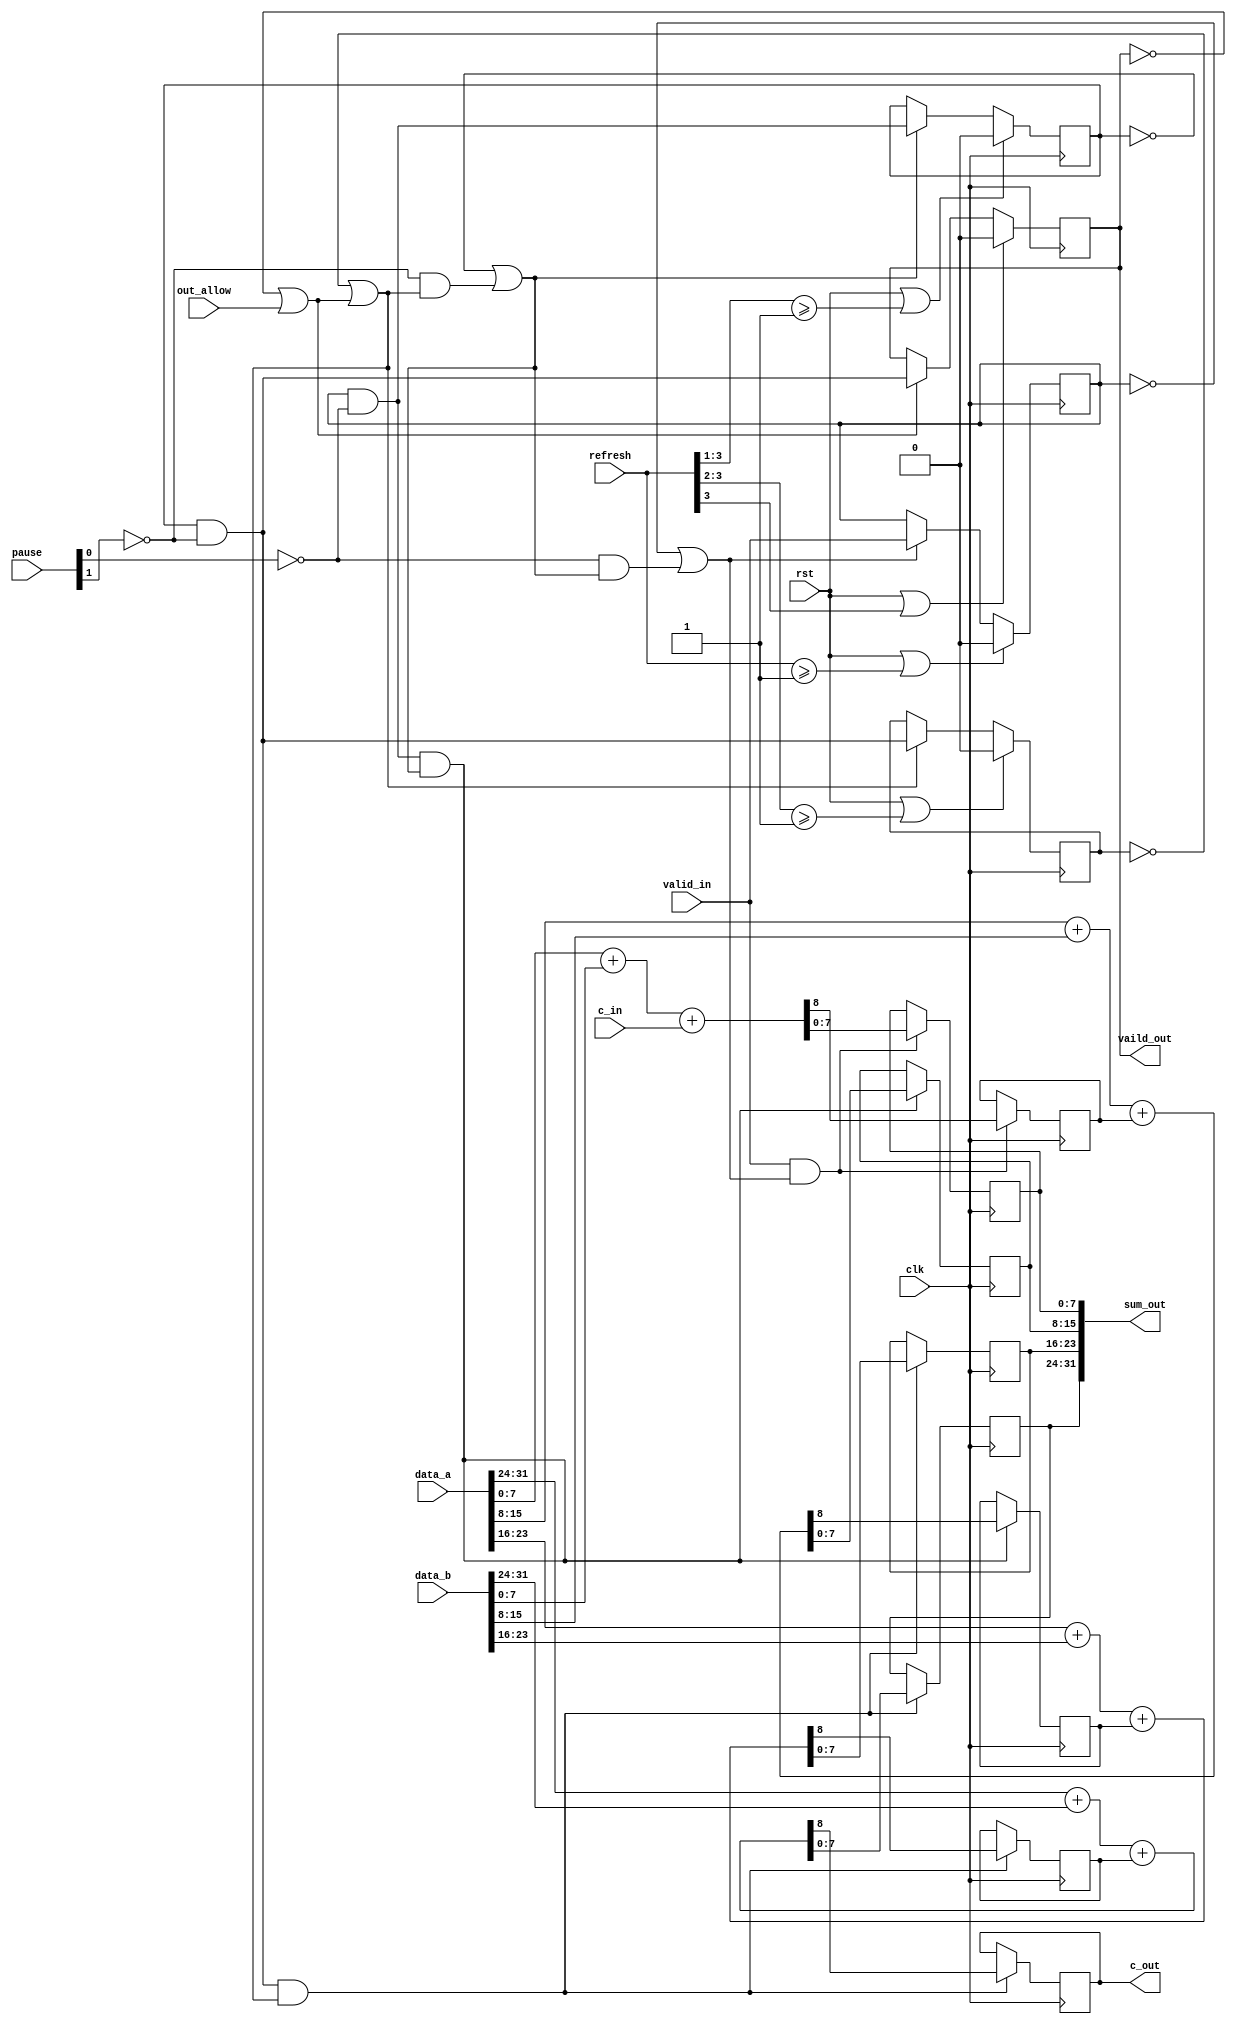
module stallable_pipeline_adder #(parameter WIDTH = 32)(
    // TODO 刷新第X级，是指第X级及其之前的置零，还是之后的置零？
    input wire clk,rst,
    input wire valid_in, out_allow,
    input wire [3:0]pause,
    input wire [3:0]refresh,
    input wire c_in,
    input wire [WIDTH-1:0]data_a,
    input wire [WIDTH-1:0]data_b,
    output wire c_out,
    output wire vaild_out,
    output wire [WIDTH-1:0] sum_out
    );


    // ===================pipline stage 1=======================
    reg pip1_vaild;
    reg c_out1;
    reg [7:0]sum_out1;
    wire pip1_allowin;
    wire pip1_ready_go;
    wire pip1_to_pip2_vaild;
    
    assign pip1_ready_go = !pause[0];
    assign pip1_allowin = !pip1_vaild || pip1_ready_go && pip2_allowin;
    assign pip1_to_pip2_vaild = pip1_vaild && pip1_ready_go;
    always @(posedge clk) begin
        if(rst || refresh[3:0]>=1'b1) pip1_vaild <= 1'b0;
        else if(pip1_allowin) pip1_vaild <= valid_in;
        if(valid_in && pip1_allowin)
            {c_out1,sum_out1} <= {1'b0, data_a[7:0]}+{1'b0,data_b[7:0]}+c_in;
        // else  // FIXME 这一句要写吗？
        //     {c_out1,sum_out1} <= 1'b0;
        // FIXME 或者不要if条件，直接赋值，由vaild来外交
        // {c_out1,sum_out1} <= {1'b0, data_a[7:0]}+{1'b0,data_b[7:0]}+c_in;
    end



    // =======================pipline stage 2=======================
    reg pip2_vaild;
    reg c_out2;
    reg [7:0]sum_out2;
    wire pip2_allowin;
    wire pip2_ready_go;
    wire pip2_to_pip3_vaild;
    
    assign pip2_ready_go = !pause[1];
    assign pip2_allowin = !pip2_vaild || pip2_ready_go && pip3_allowin;
    assign pip2_to_pip3_vaild = pip2_vaild && pip2_ready_go;
    always @(posedge clk) begin
        if(rst || refresh[3:1]>=1'b1) pip2_vaild <= 1'b0;
        else if(pip2_allowin) pip2_vaild <= pip1_to_pip2_vaild;

        if(pip1_to_pip2_vaild && pip2_allowin)
            {c_out2,sum_out2} <= {1'b0, data_a[15:8]}+{1'b0,data_b[15:8]}+c_out1;
            // reg [15:0]sum_out2;
            // {c_out2,sum_out2} <= {{1'b0, data_a[15:8]}+{1'b0,data_b[15:8]}+c_out1, sum_out1};
    end


    // =========================pipline stage 3=========================
    reg pip3_vaild;
    reg c_out3;
    reg [7:0]sum_out3;
    wire pip3_allowin;
    wire pip3_ready_go;
    wire pip3_to_pip3_vaild;
    
    assign pip3_ready_go = 1'b1;
    assign pip3_allowin = !pip3_vaild || pip3_ready_go && pip4_allowin;
    assign pip3_to_pip4_vaild = pip3_vaild && pip3_ready_go;

    always @(posedge clk) begin
        if(rst || refresh[3:2]>=1'b1) pip3_vaild <= 1'b0;
        else if(pip3_allowin) pip3_vaild <= pip2_to_pip3_vaild;

        if(pip2_to_pip3_vaild && pip3_allowin)
            {c_out3,sum_out3} <= {1'b0, data_a[23:16]}+{1'b0,data_b[23:16]}+c_out2;
            // reg [23:0]sum_out3;
            // {c_out3,sum_out3} <= {{1'b0, data_a[23:16]}+{1'b0,data_b[23:16]}+c_out2,sum_out2};
    end

    
    // ===========================pipline stage 4===========================
    reg pip4_vaild;
    reg c_out4;
    reg [7:0]sum_out4;
    wire pip4_allowin;
    wire pip4_ready_go;
    
    assign pip4_ready_go = 1'b1;
    assign pip4_allowin = !pip4_vaild || pip4_ready_go && out_allow;

    always @(posedge clk) begin
        if(rst || refresh[3]) pip4_vaild <= 1'b0;
        else if(pip4_allowin) pip4_vaild <= pip2_to_pip3_vaild;

        if(pip2_to_pip3_vaild && pip3_allowin)
            {c_out4,sum_out4} <= {1'b0, data_a[31:24]}+{1'b0,data_b[31:24]}+c_out3;
            // reg [31:0]sum_out4;
            // {c_out4,sum_out4} <= {{1'b0, data_a[31:24]}+{1'b0,data_b[31:24]}+c_out3,sum_out3};
    end

    assign sum_out = {sum_out4,sum_out3,sum_out2,sum_out1};
    assign c_out = c_out4;
    assign vaild_out = pip4_vaild && pip4_ready_go;

endmodule